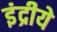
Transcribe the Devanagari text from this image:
इंद्रीये